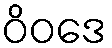
ဝိဝဒေ